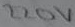
Text: 220V